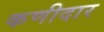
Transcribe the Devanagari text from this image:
कणीदार